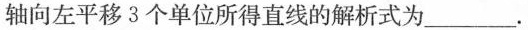
轴向左平移3个单位所得直线的解析式为___。